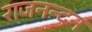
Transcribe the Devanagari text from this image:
राजनन्दन